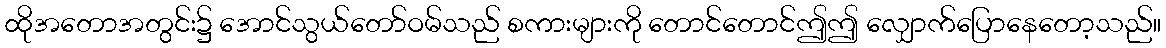
ထိုအတောအတွင်း၌ အောင်သွယ်တော်ဝမ်သည် စကားများကို တောင်တောင်ဤဤ လျှောက်ပြောနေတော့သည်။